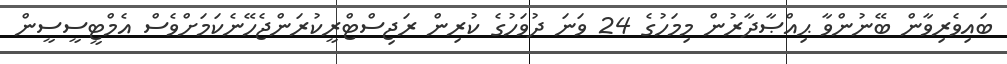
ބައިވެރިވާން ބޭނުންވާ ޙިއްޞާދާރުން މިމަހުގެ 24 ވަނަ ދުވަހުގެ ކުރިން ރަޖިސްޓްރީކުރަންޖެހޭނެކަމަށްވެސް އެމްޓީސީސީން